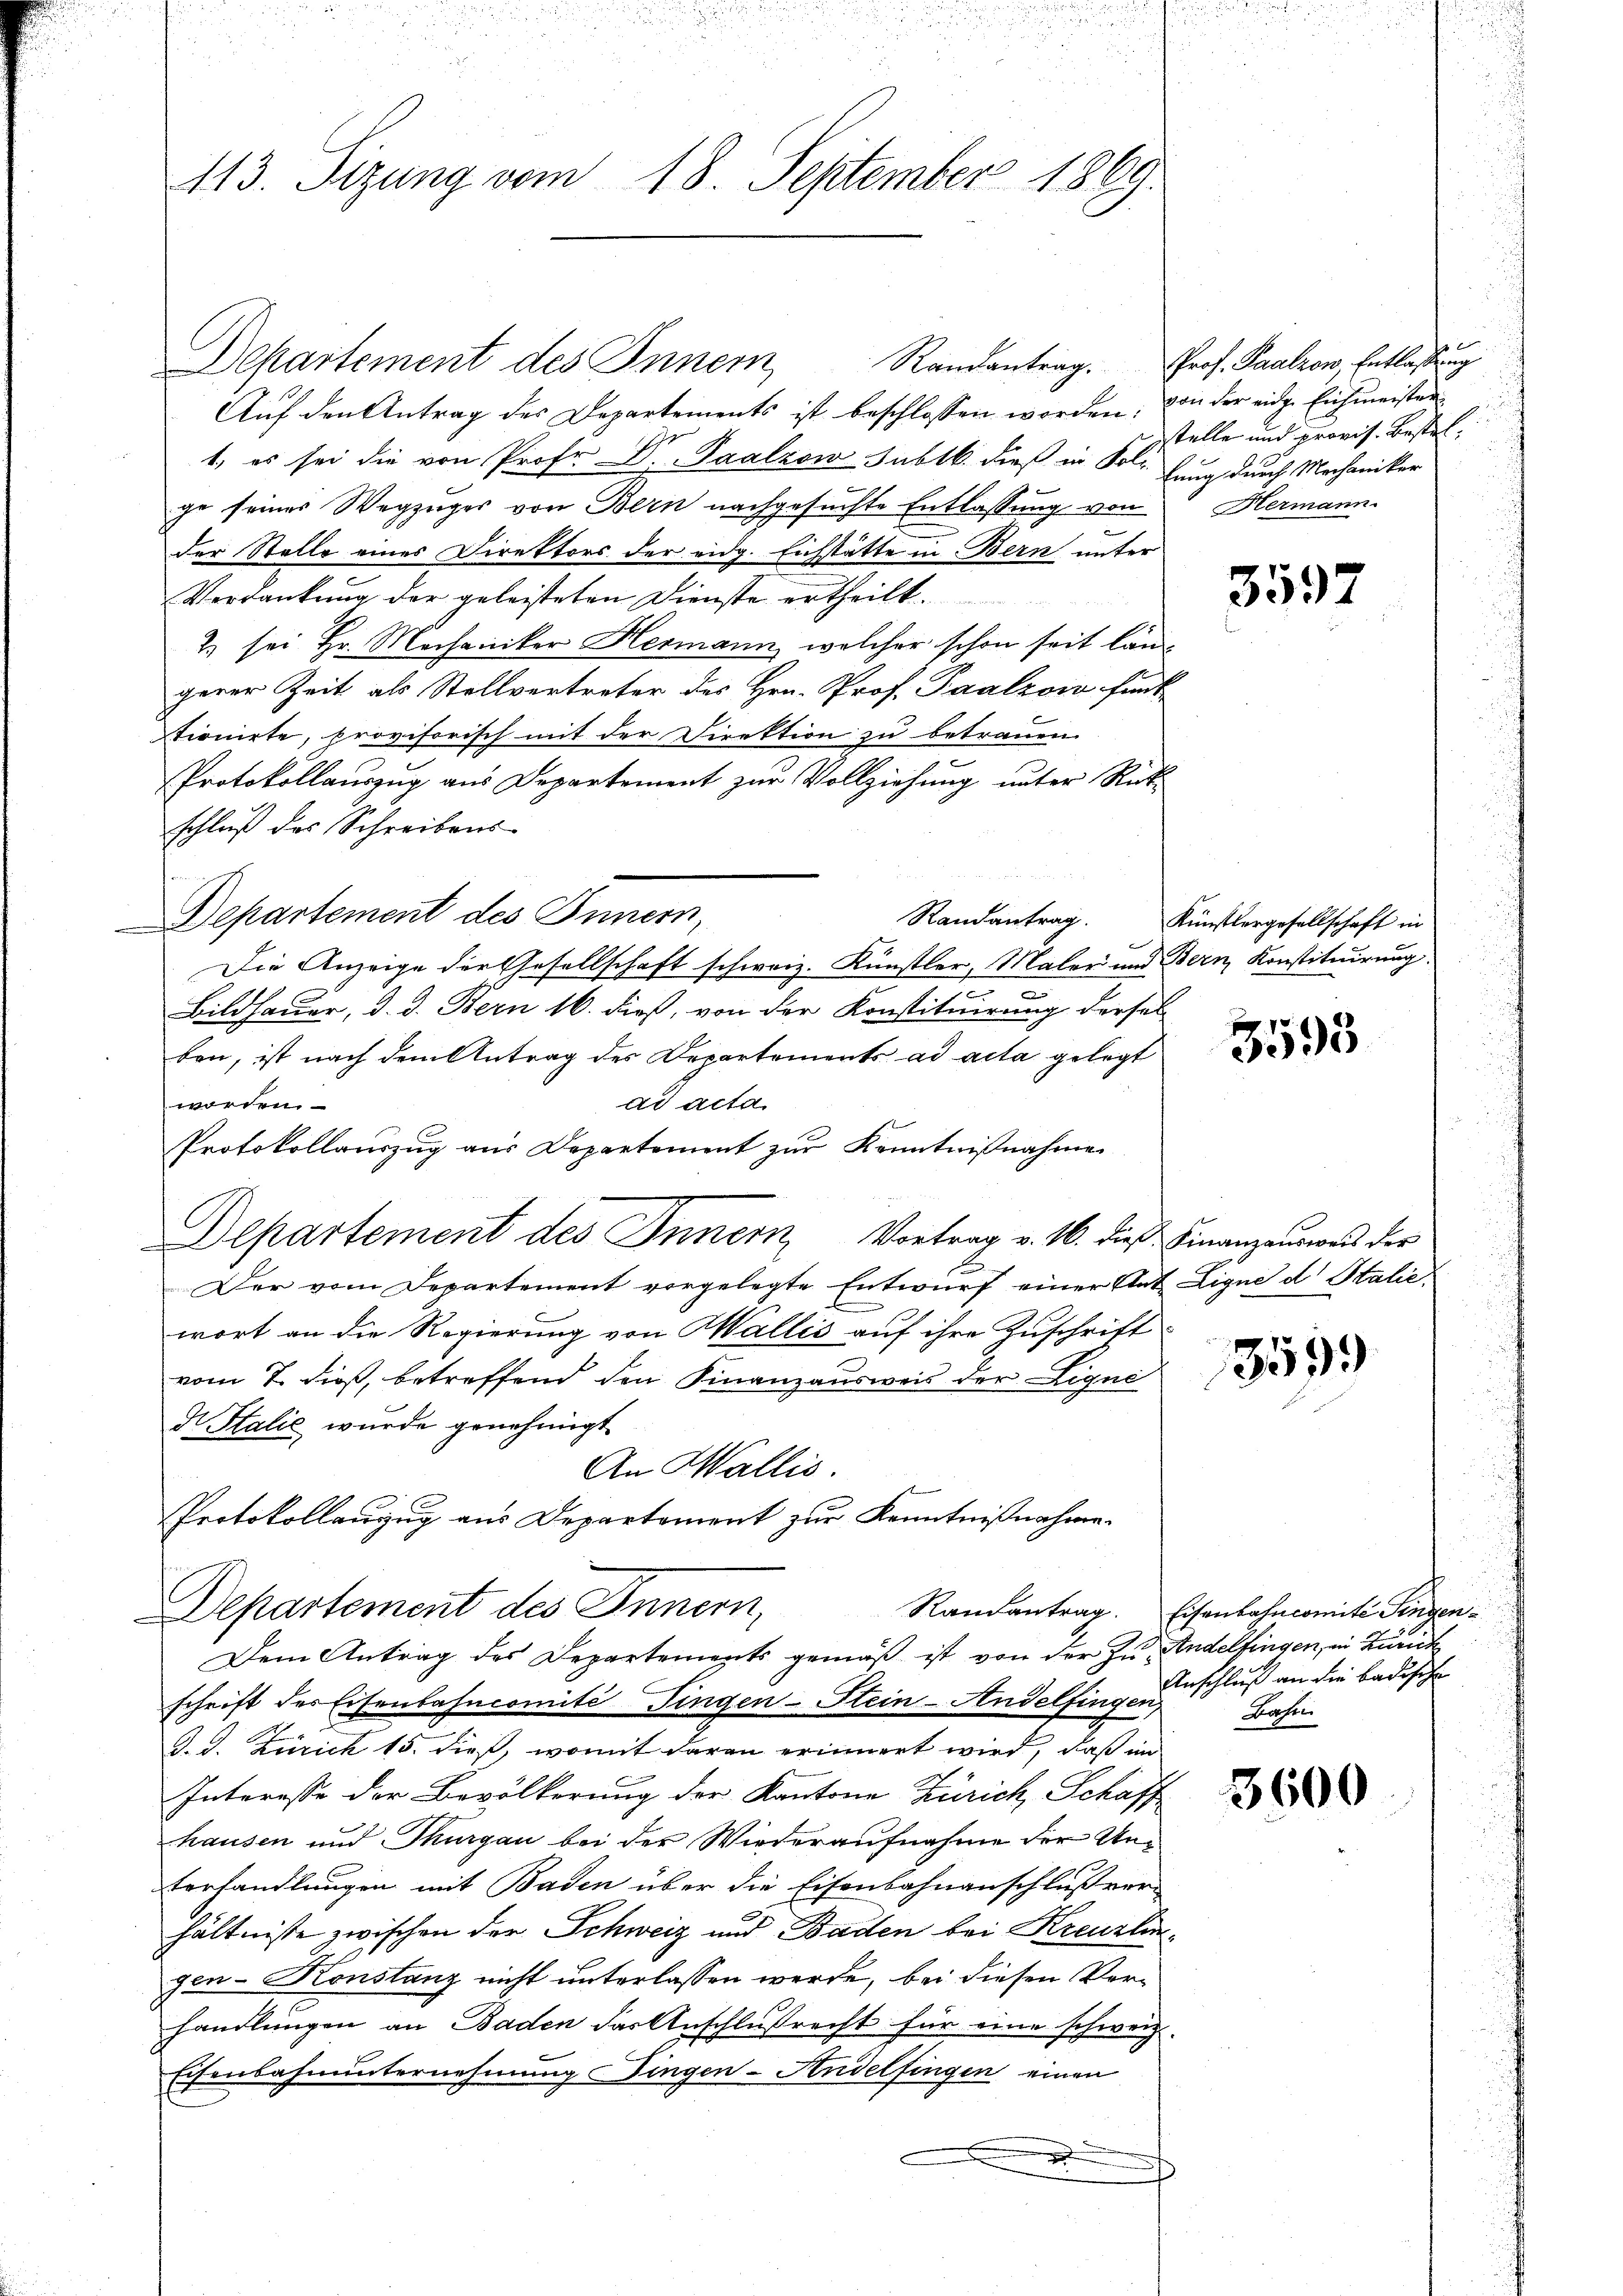
Departement des Innern
Aŭf den Antrag des Departements ist beschlossen worden, von der eidge Eichmeister
1, es sei die von Prof. Dr. Taalzow sublb. dieß in Foli. Gang durch Mechaniker
ge seiner Wegzuges von Bern nachgesuchte Entlassung von
der Stelle eines Direktors der eidg. Eichstätte in Bern unter
Verdankung der geleisteten Dienste ertheilt.
2.) sei Hr. Mechaniker Hermann, welcher schon seit längerer Zeit als Stellvertreter des Hrn. Prof. Taalzow funt
tionirte, provisorisch mit der Direktion zu betrauen.
Protokollauszug aus Departement zur Vollziehung unter Rück
schluß des Schreibens-
Departement des Innern,
Randantrag.
Die Anzeige der Gesellschaft schweiz. Künstler, Maler und Bern Konstituirung.
e
s
Bildhauer, d. d. Bern 16. dieß, von der Konstituirung dersel
ben, ist nach dem Antrag des Departements ad acta gelegt
ad acta
worden.
Protokollauszug aus Departement zur Kenntnißnahmen
Departement des Innern, Vortrag v. 16. die Finanzausweis der
Der vom Departement vorgelegte Entwurf einer Ant. Lique d Stalie
wort an die Regierung von Wallis auf ihre Zuschrift
vom 7. dieß, betreffend den Finanzausweis der Liqui
d Salić wurde genehmigt.
An Wallis.
Protokollanzug aus Departement zur Kenntnißnahme.
Departement des Innern,
Dem Antrag des Departements gemäß ist von der zu Andelfingen, in Zürich
schrift der Eisenbahncomité dingen-Stein-Andelfingen,
J. J. Zürich 15. dieß, womit daran erinnert wird, daß im
Interesse der Bevölkerung der Kantone Zürich, Schaff
hausen und Thurgau bei der Wiederaufnahme der Un¬
Verhandlungen mit Baden über die Eisenbahnanschluß ver-
hältnisse zwischen der Schweiz und Baden bei Kreuzlingen-Konstanz nicht unterlassen werde, bei diesen Vorhandlungen an Baden das Anschlußrecht für eine schweiz.
Eisenbahnunternehmung ingen-Andelfingen einen
d

113. Sizung vom 18. September 1869

Randantrag. Prof. Saalzow, Entlassung
stelle und provis. Bestel¬
Hermann.

3597

Künstlergesellschaft in

3593

359)

Randantrag. Eisenbahncomite Singen¬
Anschluß an die Badische
Bahen

3600